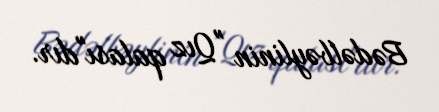
Bədəlbəylinin "Qız qalası"dır.